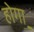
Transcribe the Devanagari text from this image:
होगा़